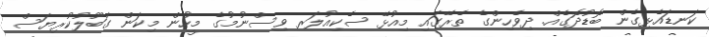
ކަނޑައެޅިގެން ބޮޑުދޮގެއް. ދިވެހިންގެ ތެރޭގައި މިއުޅޭ ސެކިއުލަރ ވިސްނުމުގެ މީހުން މިކަން ގަބޫލުކުރިޔަސް